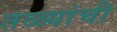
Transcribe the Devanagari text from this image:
तळ्यांची